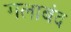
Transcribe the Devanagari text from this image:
गलाबंद